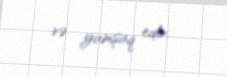
və yumşaq edir.